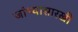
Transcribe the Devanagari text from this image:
जांभ्यासारखी